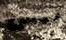
ليس